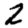
Digit: 2